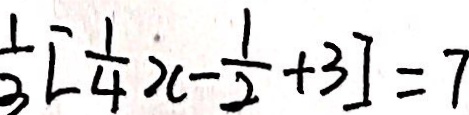
\frac { 1 } { 3 } [ \frac { 1 } { 4 } x - \frac { 1 } { 2 } + 3 ] = 7